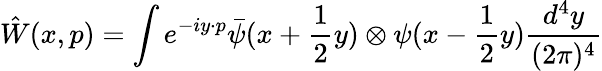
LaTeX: \hat{W}(x,p)=\int e^{-iy\cdot p}\bar{\psi}(x+\frac{1}{2}y)\otimes\psi(x-\frac{1}{2}y)\frac{d^{4}y}{(2\pi)^{4}}